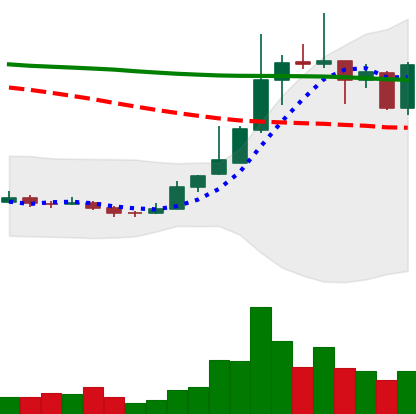
Ticker: TRX-USD
Chart end date: 2018-12-28
Forward return: -3.096%
Label: down_3_5